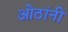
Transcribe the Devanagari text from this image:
ओठांनी